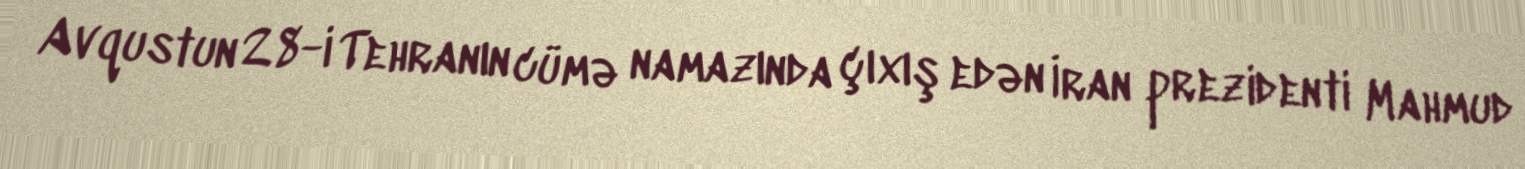
Avqustun 28-i Tehranın cümə namazında çıxış edən İran prezidenti Mahmud